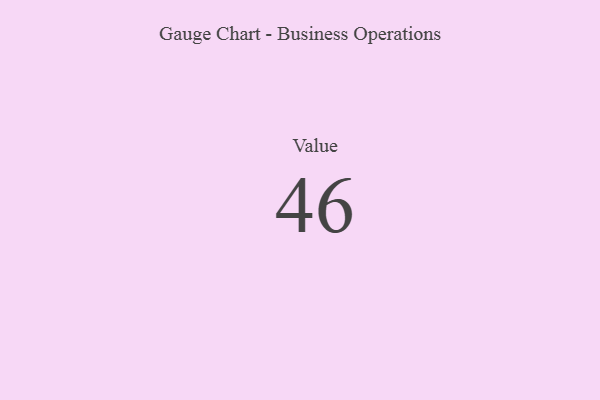
{"axis": {"x": "Metric", "y": "Value"}, "legend": [""], "data": [{"x": "Value", "y": 46, "type": ""}]}